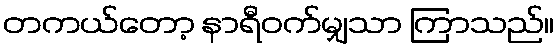
တကယ်တော့ နာရီဝက်မျှသာ ကြာသည်။